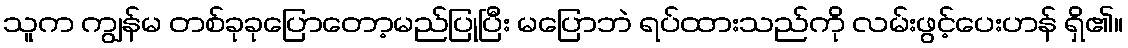
သူက ကျွန်မ တစ်ခုခုပြောတော့မည်ပြုပြီး မပြောဘဲ ရပ်ထားသည်ကို လမ်းဖွင့်ပေးဟန် ရှိ၏။